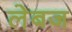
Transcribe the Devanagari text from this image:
लेबज